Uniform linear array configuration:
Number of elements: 4
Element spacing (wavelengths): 0.5
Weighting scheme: exponential
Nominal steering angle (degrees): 45
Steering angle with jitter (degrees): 46.783
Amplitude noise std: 0.05
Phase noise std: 0.05

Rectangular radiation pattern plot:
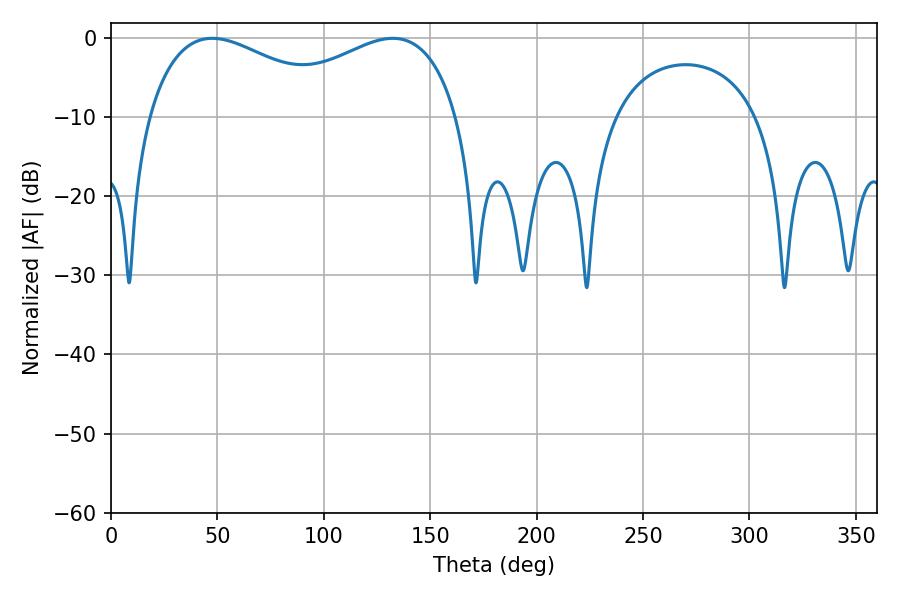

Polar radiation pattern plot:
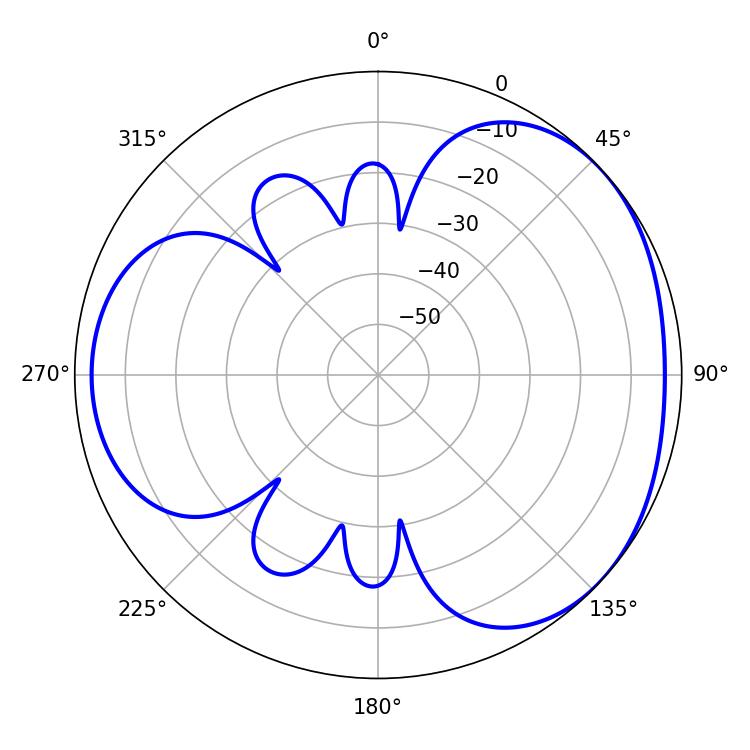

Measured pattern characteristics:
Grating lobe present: FALSE
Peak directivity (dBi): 3.343
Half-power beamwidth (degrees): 51.84
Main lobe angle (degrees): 47.52